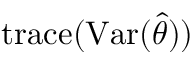
\operatorname { t r a c e } ( \operatorname { V a r } ( { \hat { \theta } } ) )